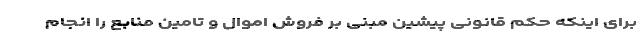
برای اینکه حکم قانونی پیشین مبنی بر فروش اموال و تامین منابع را انجام